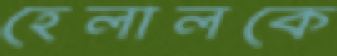
হেলালকে